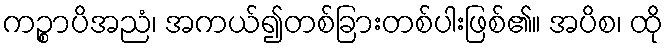
ကဉ္စာပိအညံ၊ အကယ်၍တစ်ခြားတစ်ပါးဖြစ်၏။ အပိစ၊ ထို